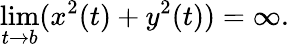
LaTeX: \operatorname*{lim}_{t\rightarrow b}(x^{2}(t)+y^{2}(t))=\infty.